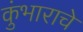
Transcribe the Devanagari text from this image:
कुंभाराचे